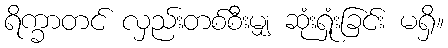
ရိက္ခာတင် လှည်းတစ်စီးမျှ ဆုံးရှုံးခြင်း မရှိ။